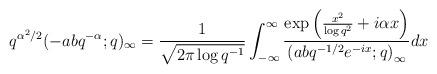
LaTeX: \begin{align*}q^{\alpha^{2}/2}(-abq^{-\alpha};q)_{\infty}=\frac{1}{\sqrt{2\pi\log q^{-1}}}\int_{-\infty}^{\infty}\frac{\exp\left(\frac{x^{2}}{\log q^{2}}+i\alpha x\right)}{\left(abq^{-1/2}e^{-ix};q\right)_{\infty}}dx\end{align*}